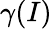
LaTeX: \gamma(I)